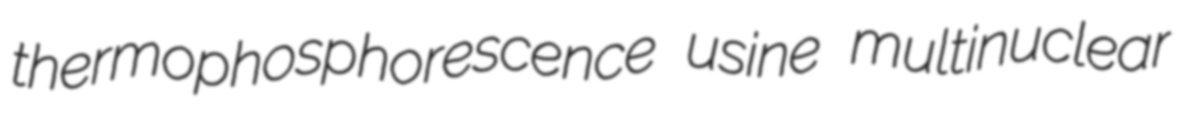
thermophosphorescence usine multinuclear